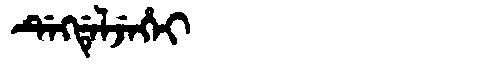
Manchu: ᡩᡝᡴᡩᡝᠯᠵᡝᡥᡝᡳ
Romanization: DEKDELJEHEI